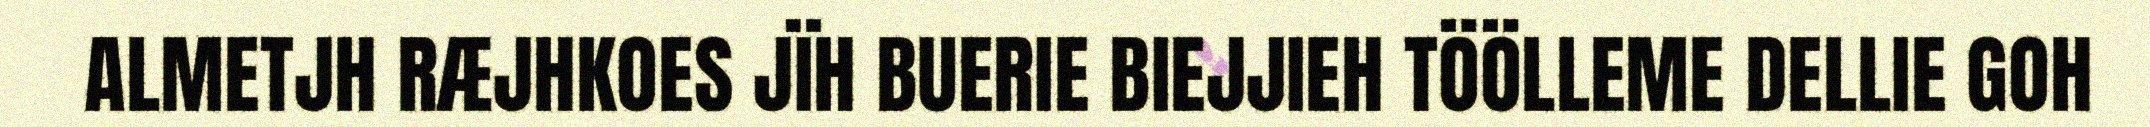
ALMETJH RÆJHKOES JÏH BUERIE BIEJJIEH TÖÖLLEME DELLIE GOH